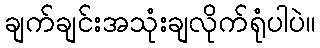
ချက်ချင်းအသုံးချလိုက်ရုံပါပဲ။